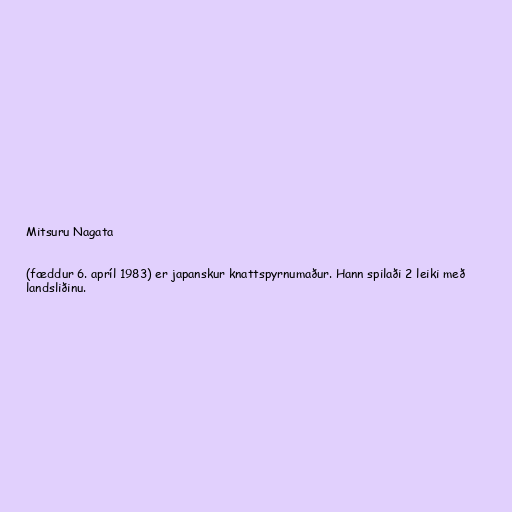
Mitsuru Nagata

(fæddur 6. apríl 1983) er japanskur knattspyrnumaður. Hann spilaði 2 leiki með
landsliðinu.